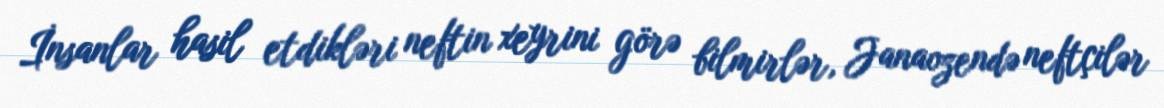
İnsanlar hasil etdikləri neftin xeyrini görə bilmirlər, Janaozendə neftçilər